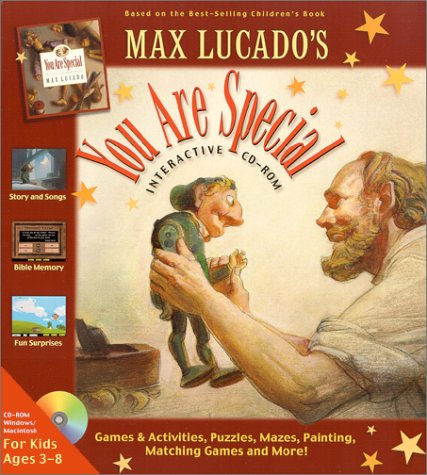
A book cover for You Are Special: Interactive CD-ROM (Max Lucado's Wemmicks); Max Lucado; Children's Books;